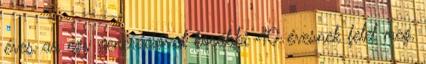
éves az egy generációval korábbi 40 évesnek felel meg,